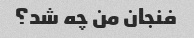
فنجان من چه شد؟